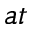
a t